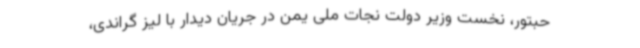
حبتور، نخست‌ وزیر دولت نجات ملی یمن در جریان دیدار با لیز گراندی،